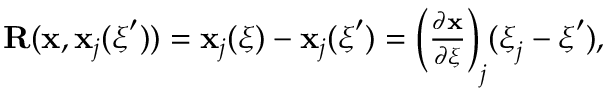
\begin{array} { r } { \mathbf { R } ( \mathbf { x } , \mathbf { x } _ { j } ( \boldsymbol { \xi } ^ { \prime } ) ) = \mathbf { x } _ { j } ( \boldsymbol { \xi } ) - \mathbf { x } _ { j } ( \boldsymbol { \xi } ^ { \prime } ) = \bigg ( \frac { \partial \mathbf { x } } { \partial \boldsymbol { \xi } } \bigg ) _ { j } ( \boldsymbol { \xi } _ { j } - \boldsymbol { \xi } ^ { \prime } ) , } \end{array}